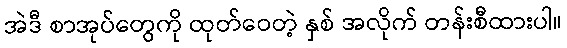
အဲဒီ စာအုပ်တွေကို ထုတ်ဝေတဲ့ နှစ် အလိုက် တန်းစီထားပါ။